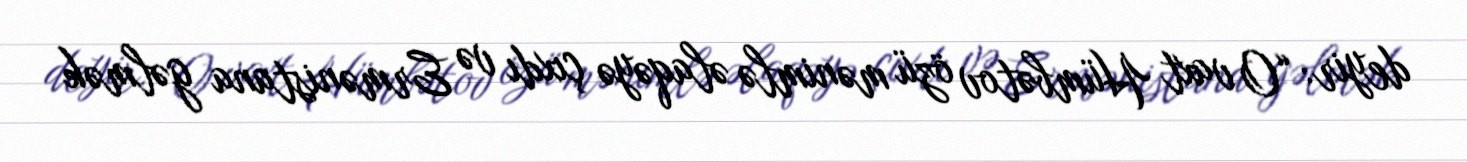
deyir: “O vaxt Hümbətov özü mənimlə əlaqəyə çıxdı və Ermənistana gəlmək